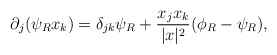
\begin{align*}\partial_j(\psi_R x_k) = \delta_{jk}\psi_R +\frac{x_jx_k}{|x|^2} (\phi_R-\psi_R),\end{align*}